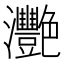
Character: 灧